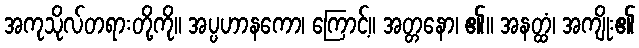
အကုသိုလ်တရားတို့ကို။ အပ္ပဟာနကော၊ ကြောင့်။ အတ္တနော၊ ၏။ အနတ္ထံ၊ အကျိုး၏